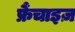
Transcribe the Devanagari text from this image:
फ्रैंचाइज़